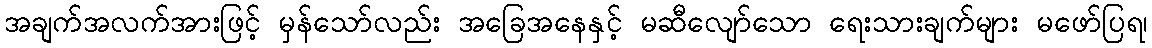
အချက်အလက်အားဖြင့် မှန်သော်လည်း အခြေအနေနှင့် မဆီလျော်သော ရေးသားချက်များ မဖော်ပြရ၊